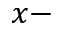
x -